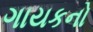
ગાયકનો